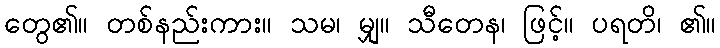
တွေ၏။ တစ်နည်းကား။ သမ၊ မျှ။ သီတေန၊ ဖြင့်။ ပရတိ၊ ၏။